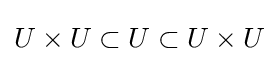
U\times U\subset U\subset U\times U